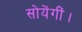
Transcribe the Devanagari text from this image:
सोयेंगीं।